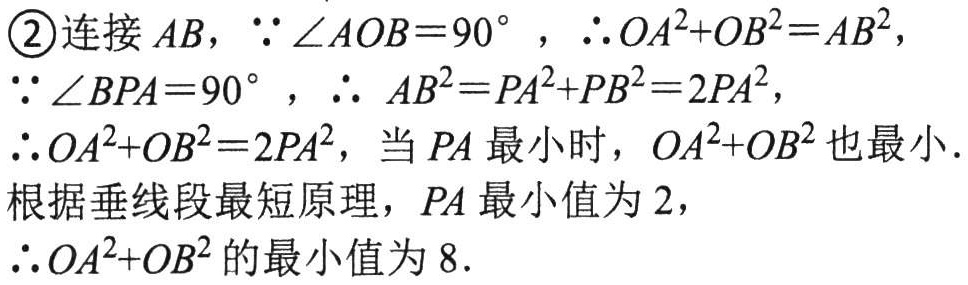
\textcircled{2}连接 \(AB\)，\(\because \angle AOB = 90^{\circ}\) ，\(\therefore OA^{2}+OB^{2}=AB^{2}\)，
\(\because \angle BPA = 90^{\circ}\) ，\(\therefore  AB^{2}=PA^{2}+PB^{2}=2PA^{2}\)，
\(\therefore OA^{2}+OB^{2}=2PA^{2}\)，当 \(PA\) 最小时，\(OA^{2}+OB^{2}\) 也最小.
根据垂线段最短原理，\(PA\) 最小值为 \(2\)，
\(\therefore OA^{2}+OB^{2}\) 的最小值为 \(8\).